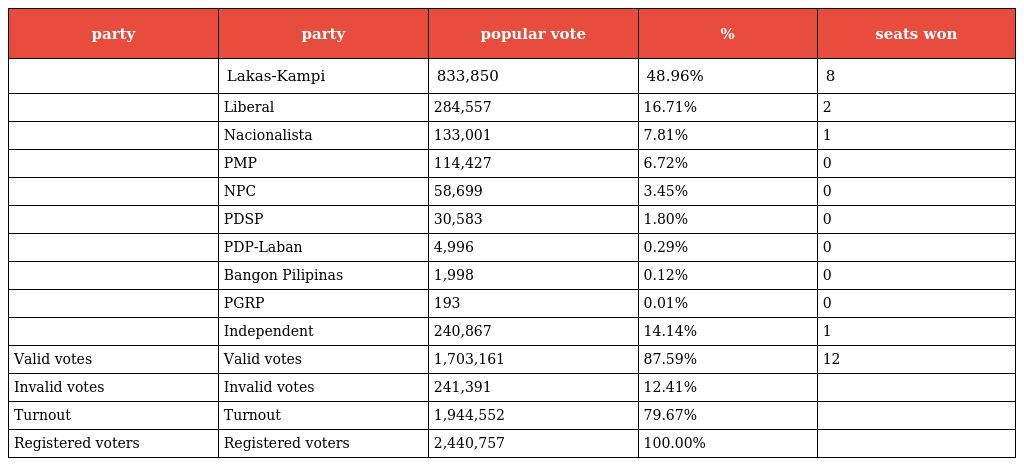
| party | party | popular vote | % | seats won |
 | --- | --- | --- | --- | --- |
 |  | Lakas-Kampi | 833,850 | 48.96% | 8 |
 |  | Liberal | 284,557 | 16.71% | 2 |
 |  | Nacionalista | 133,001 | 7.81% | 1 |
 |  | PMP | 114,427 | 6.72% | 0 |
 |  | NPC | 58,699 | 3.45% | 0 |
 |  | PDSP | 30,583 | 1.80% | 0 |
 |  | PDP-Laban | 4,996 | 0.29% | 0 |
 |  | Bangon Pilipinas | 1,998 | 0.12% | 0 |
 |  | PGRP | 193 | 0.01% | 0 |
 |  | Independent | 240,867 | 14.14% | 1 |
 | Valid votes | Valid votes | 1,703,161 | 87.59% | 12 |
 | Invalid votes | Invalid votes | 241,391 | 12.41% |  |
 | Turnout | Turnout | 1,944,552 | 79.67% |  |
 | Registered voters | Registered voters | 2,440,757 | 100.00% |  |